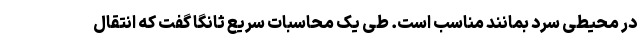
در محیطی سرد بمانند مناسب است. طی یک محاسبات سریع ثانگا گفت که انتقال